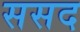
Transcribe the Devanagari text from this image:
ससद